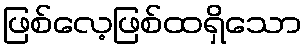
ဖြစ်လေ့ဖြစ်ထရှိသော